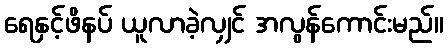
ရေနှင့်ဖိနပ် ယူလာခဲ့လျှင် အလွန်ကောင်းမည်။